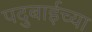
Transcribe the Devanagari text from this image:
पदुबाईच्या